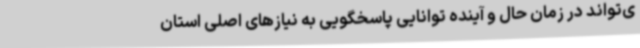
ی‌تواند در زمان حال و آینده توانایی پاسخگویی به نیازهای اصلی استان